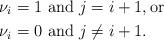
LaTeX: \begin{align*} \nu_i=1 & \mbox{ and } j=i+1,\mbox{or} \\ \nu_i=0 &\mbox{ and } j\neq i+1.\end{align*}